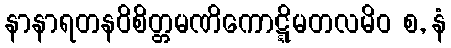
နာနာရတနဝိစိတ္တမဏိကောဋ္ဋိမတလမိဝ စ, နံ